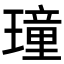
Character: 𤩔